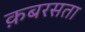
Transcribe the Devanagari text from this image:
क़बरसता